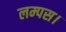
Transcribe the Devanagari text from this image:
लम्पस।